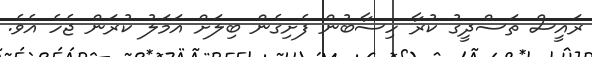
ރައީސް ތަސްދީގު ކުރާ ހިސާބުން ފެށިގެން ބިލަށް އަމަލު ކުރަން ޖެހެ އެވެ.